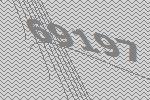
69197